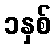
၁နှစ်